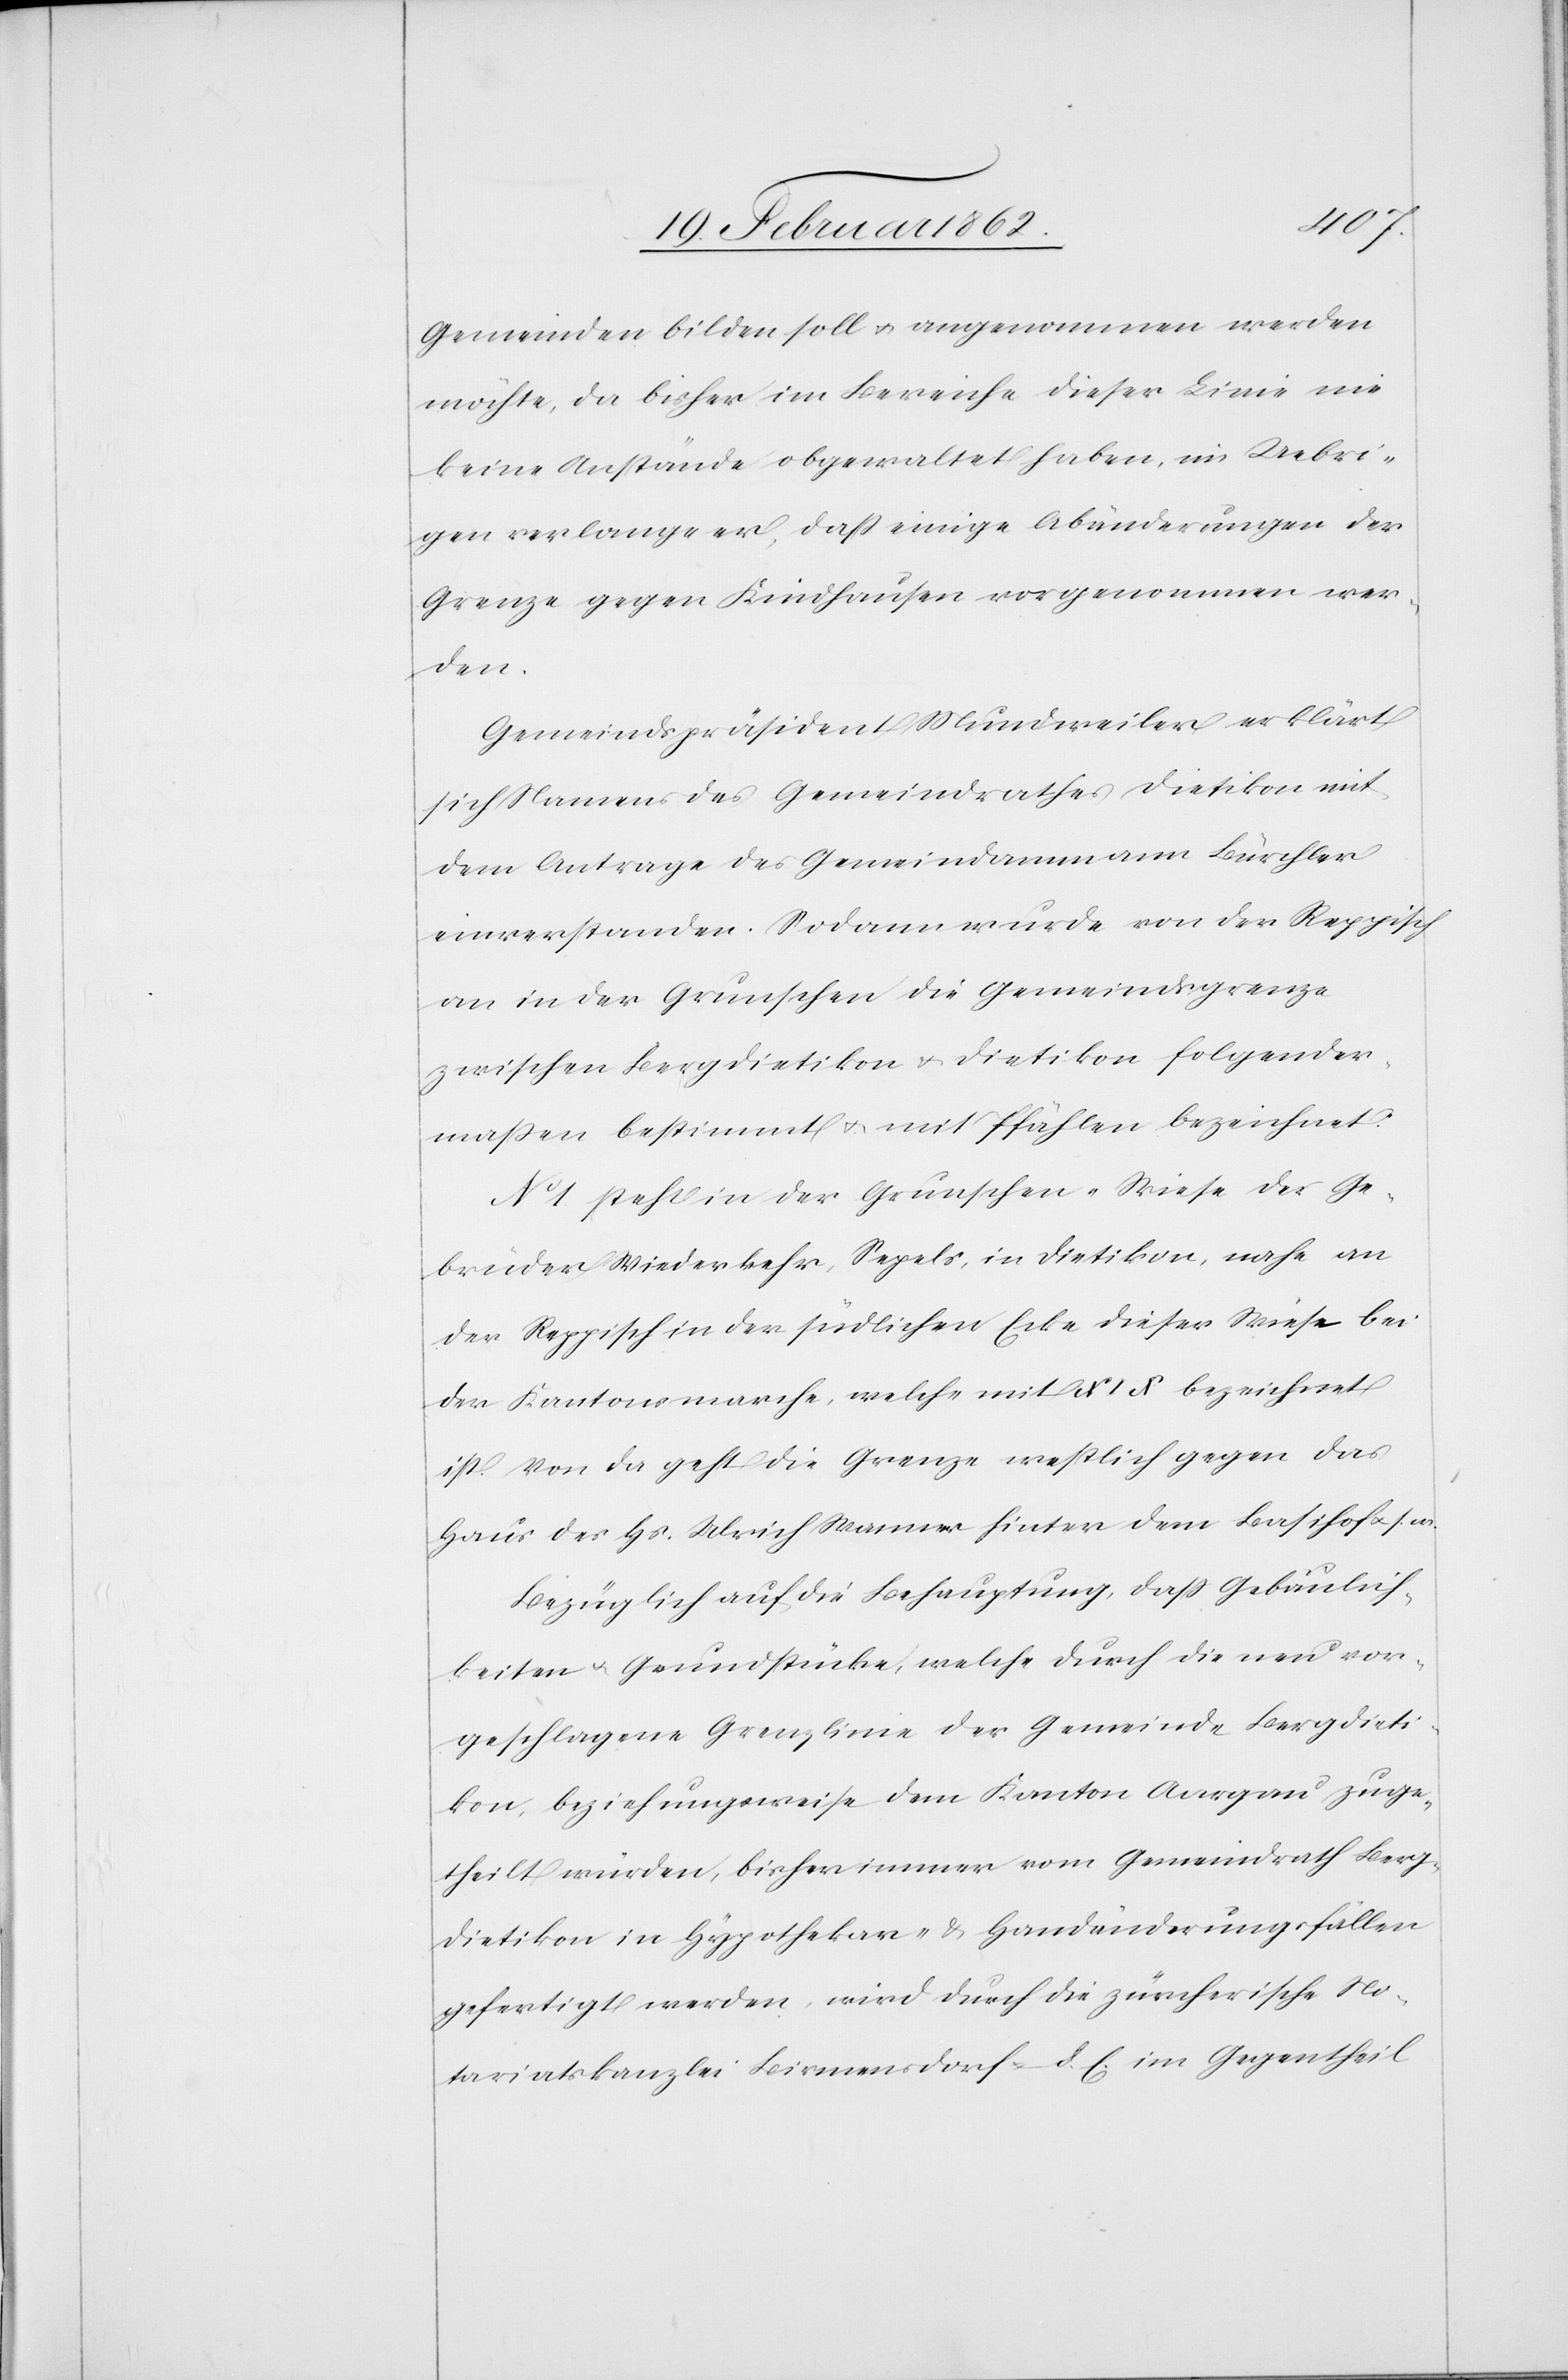
Gemeinden bilden soll u. angenommen werden
möchte, da bisher im Bereiche dieser Linie nie
keine Anstände obgewaltet haben, im Uebri¬
gen verlange er, daß einige Abänderungen der
Grenze gegen Kindhausen vorgenommen wer¬
den.
Gemeindspräsident Mundweiler erklärt
sich Namens des Gemeindrathes Dietikon mit
dem Antrage des Gemeindammann Bürchler
einverstanden. Sodann wurde von der Reppisch
an in der Grunschen die Gemeindsgrenze
zwischen Bergdietikon u. Dietikon folgender¬
maßen bestimmt u. mit Pfählen bezeichnet:
No 1 steht in der Grunschen-Wiese der Ge¬
brüder Wiederkehr, Sepels, in Dietikon, nahe an
der Reppisch in der südlichen Ecke dieser Wiese bei
der Kantonsmarche, welche mit XIX bezeichnet
ist. Von da geht die Grenze westlich gegen das
Haus des Hs. Ulrich Wanner hinter dem Basihof u.
Bezüglich auf die Behauptung, daß Gebäulich¬
keiten u. Grundstücke, welche durch die neu vor¬
geschlagene Grenzlinie der Gemeinde Bergdieti¬
kon, beziehungsweise dem Kanton Aargau zuge¬
theilt würden, bisher immer vom Gemeindrath Berg¬
dietikon in Hypothekar- & Handänderungsfällen
gefertigt werden, wird durch die zürcherische No¬
tariatskanzlei Birmensdorf d. C. im Gegentheil